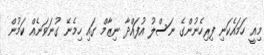
މިއީ ހަމައެކަނި ފިރިހެނުންގެ ނަސްލު އުފައްދާ ނިޒާމް ގައި ހިމެނޭ ގުނަވަނެއް ކަމުން